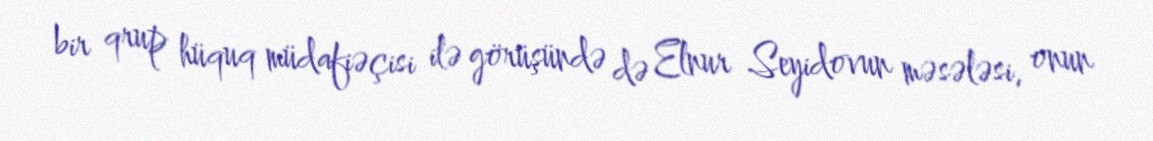
bir qrup hüquq müdafiəçisi ilə görüşündə də Elnur Seyidovun məsələsi, onun